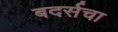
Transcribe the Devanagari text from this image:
बदर्सचा